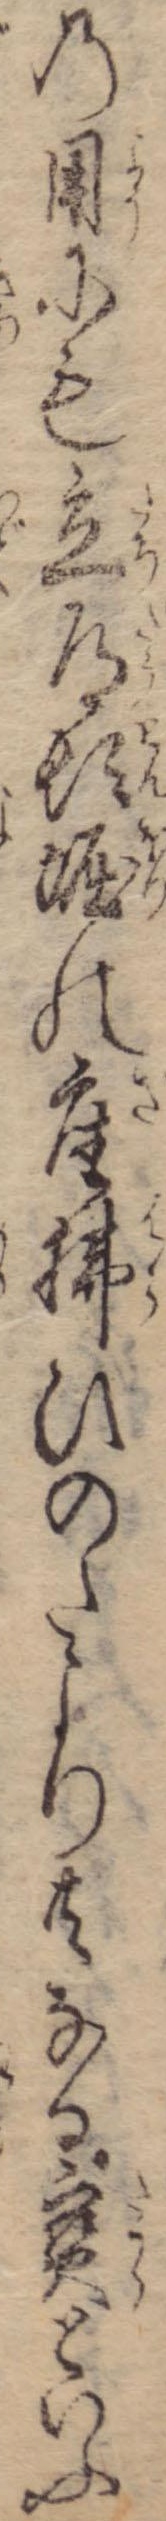
の用にも立道頓堀の座払ひのたより共なる宝といふ